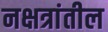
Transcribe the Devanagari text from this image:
नक्षत्रांतील